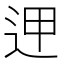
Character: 𨒇